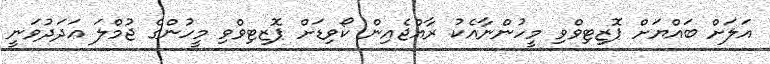
އަލަށް ބައްޔަށް ޕޮޒިޓިވްވި މީހުންނާއެކު ރާއްޖެއިން ކޯވިޑަށް ޕޮޒިޓިވްވި މީހުންގެ ޖުމްލަ ޢަދަދުވަނީ